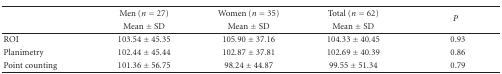
|  | Men (n = 27) | Women (n = 35) | Total (n = 62) | <ROWSPAN=2> P |
 |  | Mean ± SD | Mean ± SD | Mean ± SD |
 | --- | --- | --- | --- | --- |
 | ROI | 103.54 ± 45.35 | 105.90 ± 37.16 | 104.33 ± 40.45 | 0.93 |
 | Planimetry | 102.44 ± 45.44 | 102.87 ± 37.81 | 102.69 ± 40.39 | 0.86 |
 | Point counting | 101.36 ± 56.75 | 98.24 ± 44.87 | 99.55 ± 51.34 | 0.79 |